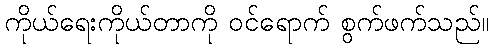
ကိုယ်ရေးကိုယ်တာကို ဝင်ရောက် စွက်ဖက်သည်။